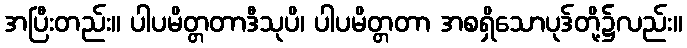
အပြီးတည်း။ ပါပမိတ္တတာဒီသုပိ၊ ပါပမိတ္တတာ အစရှိသောပုဒ်တို့၌လည်း။